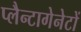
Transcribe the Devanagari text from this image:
प्लैन्टागेनेटों